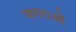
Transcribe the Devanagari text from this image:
जगराओं